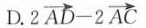
D. $$2 \overrightarrow { A D } - 2 \overrightarrow { A C }$$